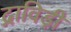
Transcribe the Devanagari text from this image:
द्राविड़ी